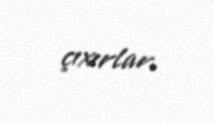
çıxırlar.